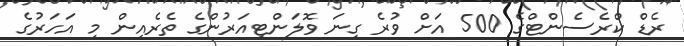
ރެޑް ކްރެސެންޓްގެ 500 އަށް ވުރެ ގިނަ ވޮލަންޓިއަރުންގެ ތެރެއިން މި އަހަރުގެ